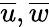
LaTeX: \overline{{u}},\overline{{w}}